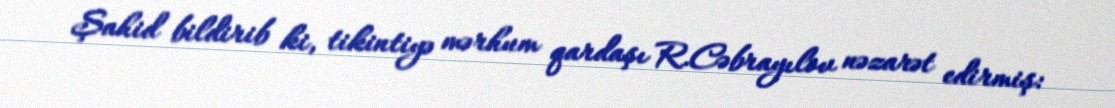
Şahid bildirib ki, tikintiyə mərhum qardaşı R.Cəbrayılov nəzarət edirmiş: